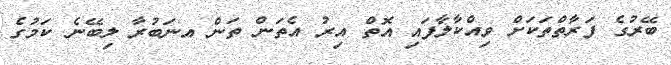
ބޭރުގެ ފަރާތްތަކަށް ވިއްކާލާފައި އޮތް އިރު އެތަން ތަން އނަބުރާ ލިބޭނެ ކަމުގެ